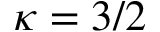
\kappa = 3 / 2